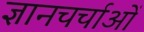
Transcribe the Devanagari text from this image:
ज्ञानचर्चाओं